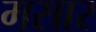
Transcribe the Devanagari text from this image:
मसार